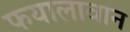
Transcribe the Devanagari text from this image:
फयालावान